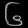
Digit: ၆